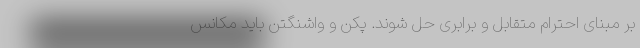
بر مبنای احترام متقابل و برابری حل شوند. پکن و واشنگتن باید مکانس